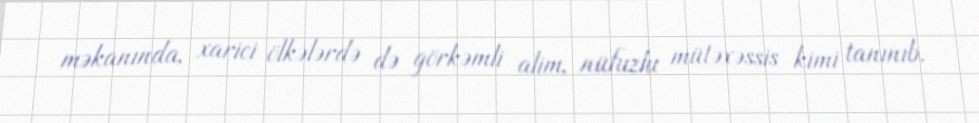
məkanında, xarici ölkələrdə də görkəmli alim, nüfuzlu mütəxəssis kimi tanınıb.